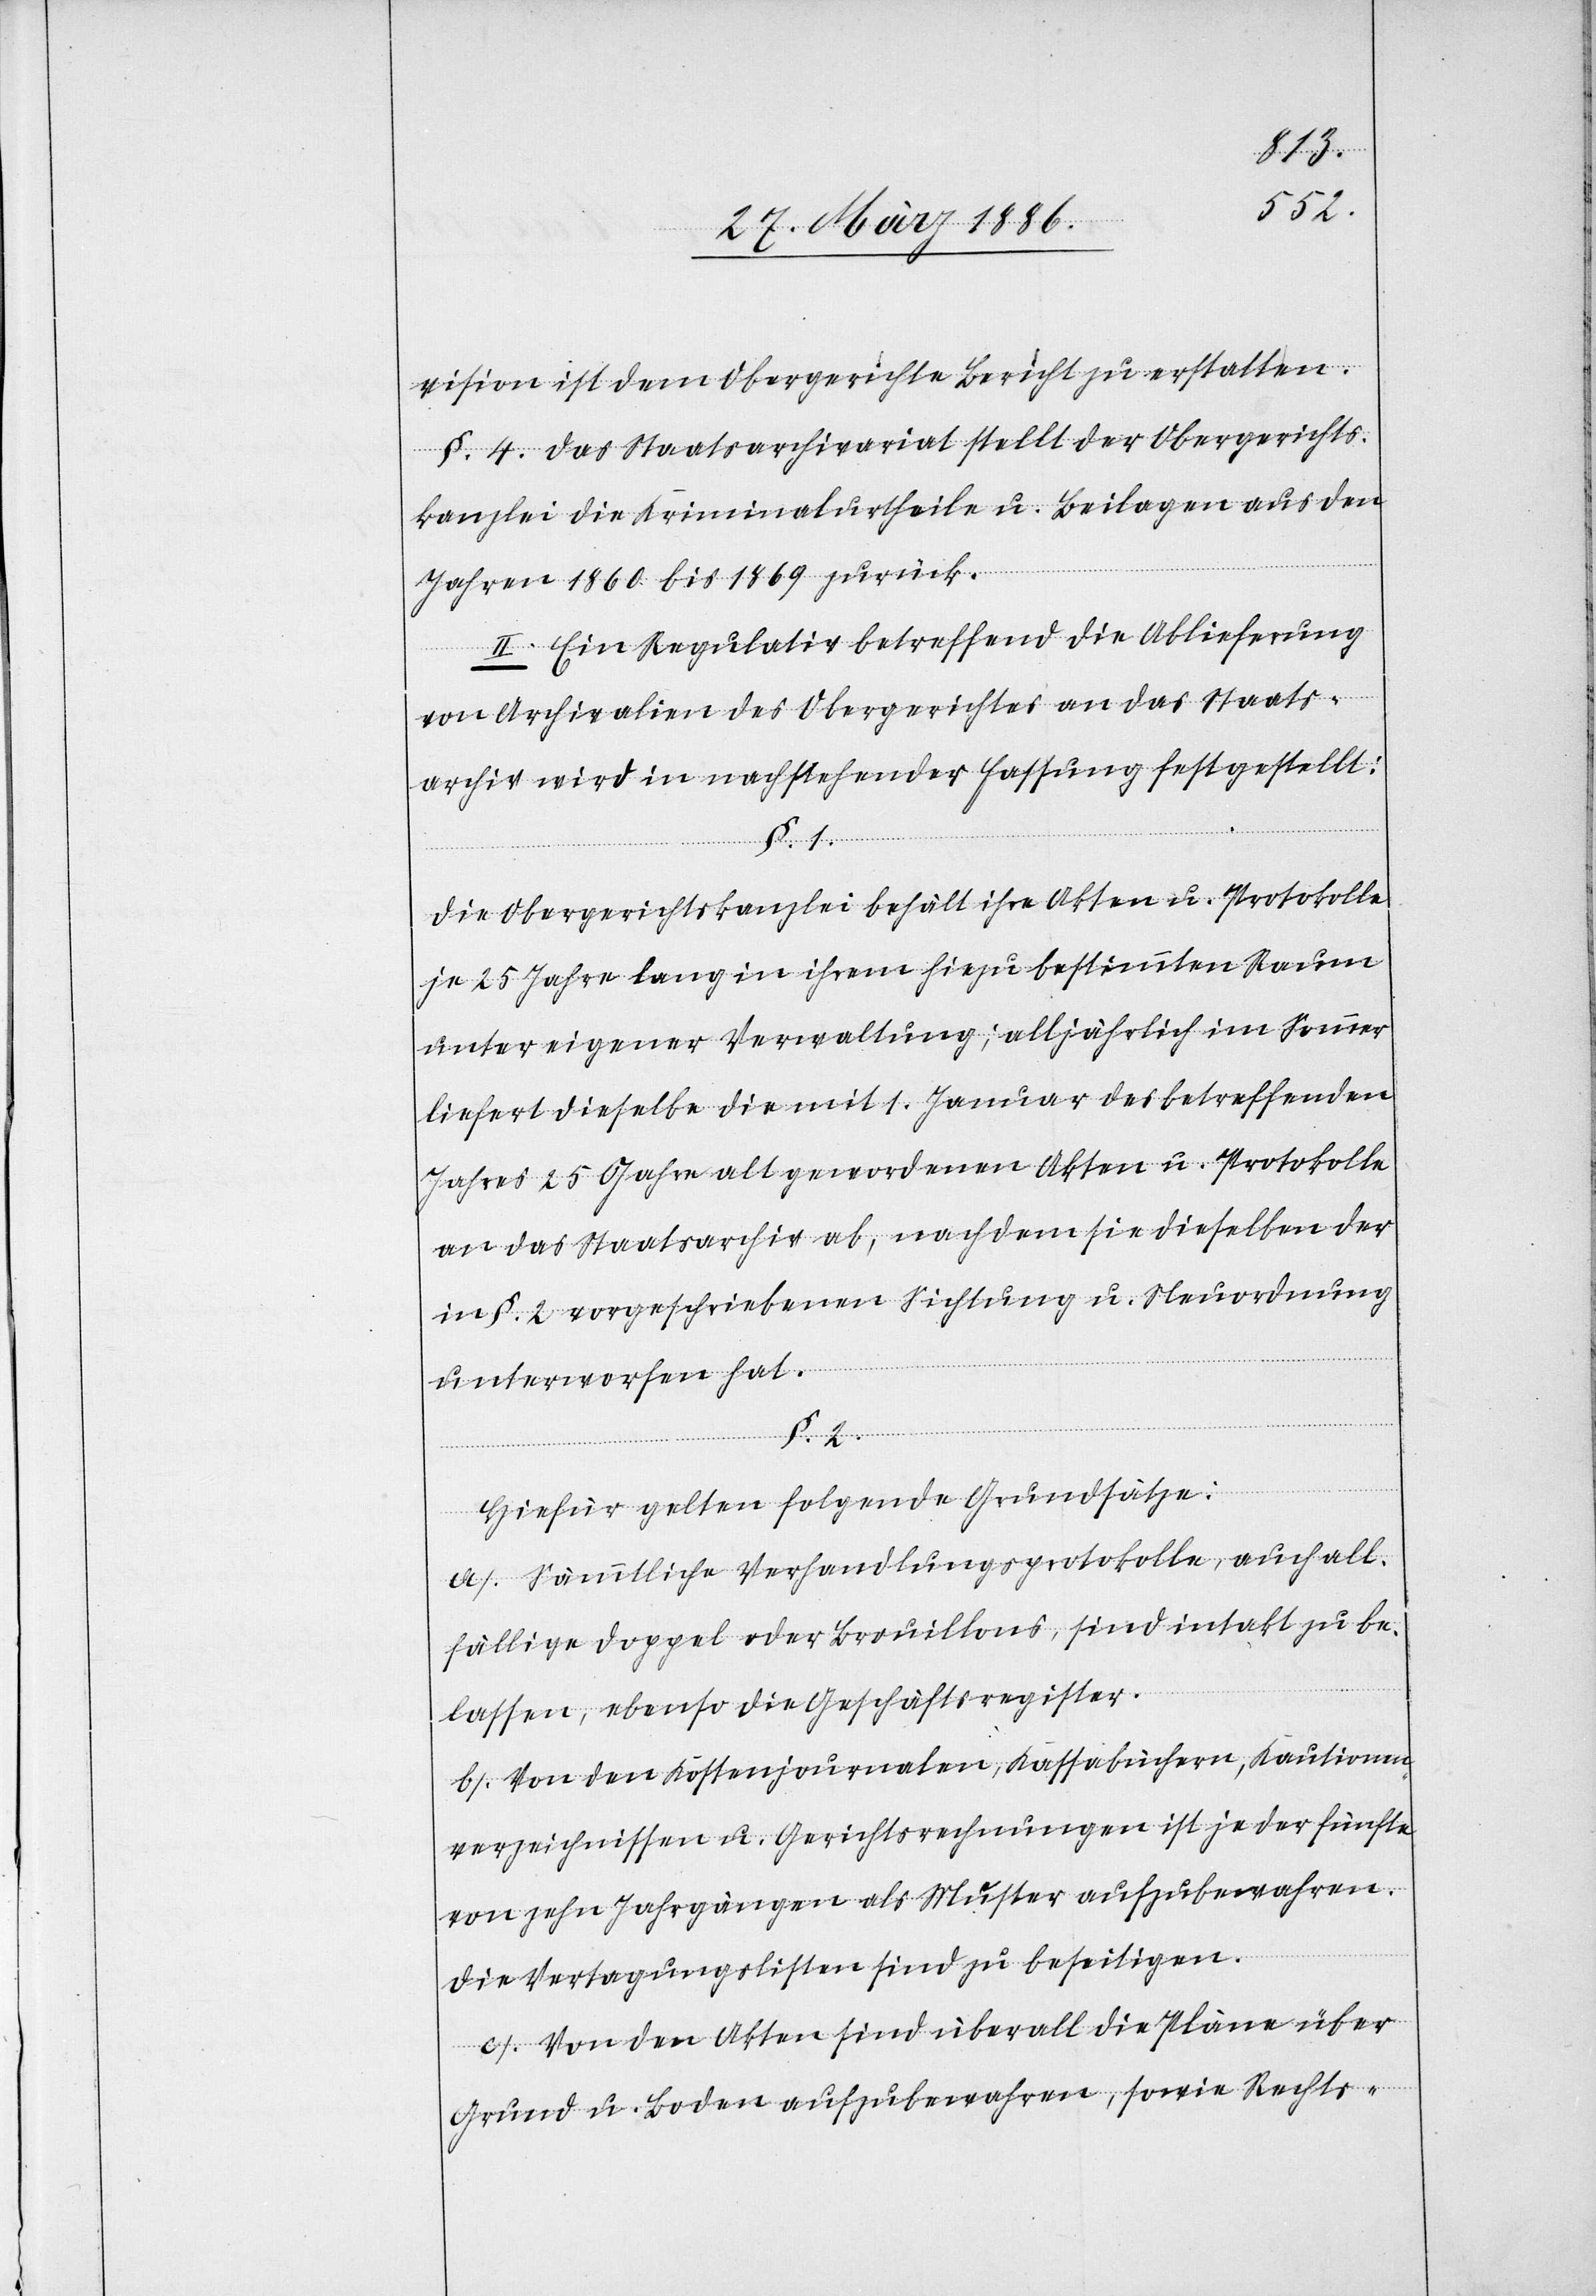
§. 1.
vision ist dem Obergerichte Bericht zu erstatten.
§. 4. Das Staatsarchivariat stellt der Obergerichts¬
kanzlei die Kriminalurtheile u. Beilagen aus den
Jahren 1860 bis 1869 zurück.
II. Ein Regulativ betreffend die Ablieferung
von Archivalien des Obergerichtes an das Staats¬
archiv wird in nachstehender Fassung festgestellt:
Die Obergerichtskanzlei behält ihre Akten u. Protokolle
je 25 Jahre lang in ihrem hiezu bestimmten Raum
unter eigener Verwaltung; alljährlich im Sommer
liefert dieselbe die mit 1. Januar des betreffenden
Jahres 25 Jahre alt gewordenen Akten u. Protokolle
an das Staatsarchiv ab, nachdem sie dieselben der
in §. 2 vorgeschriebenen Sichtung u. Neuordnung
unterworfen hat.
Hiefür gelten folgende Grundsätze:
a). Sämmtliche Verhandlungsprotokolle, auch all¬
fällige Doppel oder Brouillons, sind intakt zu be¬
lassen, ebenso die Geschäftsregister.
b). Von den Kostenjournalen, Kassabüchern, Kautionen¬
verzeichnissen u. Gerichtsrechnungen ist je der fünfte
von zehn Jahrgängen als Mister aufzubewahren.
Die Vertagungslisten sind zu beseitigen.
c). Von den Akten sind überall die Pläne über
Grund u. Boden aufzubewahren, sowie Rechts-